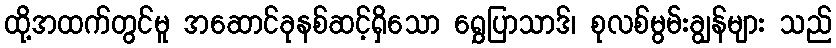
ထို့အထက်တွင်မူ အဆောင်ခုနစ်ဆင့်ရှိသော ရွှေပြာသာဒ်၊ စုလစ်မွမ်းချွန်များ သည်